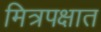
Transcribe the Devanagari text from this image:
मित्रपक्षात